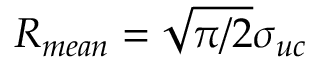
R _ { m e a n } = \sqrt { \pi / 2 } \sigma _ { u c }